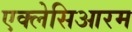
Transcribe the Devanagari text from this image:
एक्लेसिआरम